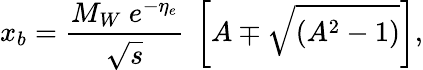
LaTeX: x_{b}=\frac{M_{W}\ e^{-\eta_{e}}}{\sqrt{s}}\ \left[A\mp\sqrt{(A^{2}-1)}\right],